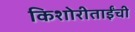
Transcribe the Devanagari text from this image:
किशोरीताईंची